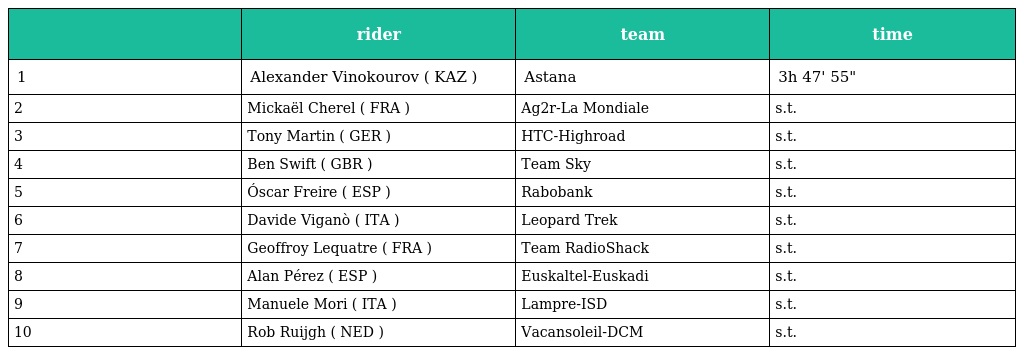
|  | rider | team | time |
 | --- | --- | --- | --- |
 | 1 | Alexander Vinokourov ( KAZ ) | Astana | 3h 47' 55" |
 | 2 | Mickaël Cherel ( FRA ) | Ag2r-La Mondiale | s.t. |
 | 3 | Tony Martin ( GER ) | HTC-Highroad | s.t. |
 | 4 | Ben Swift ( GBR ) | Team Sky | s.t. |
 | 5 | Óscar Freire ( ESP ) | Rabobank | s.t. |
 | 6 | Davide Viganò ( ITA ) | Leopard Trek | s.t. |
 | 7 | Geoffroy Lequatre ( FRA ) | Team RadioShack | s.t. |
 | 8 | Alan Pérez ( ESP ) | Euskaltel-Euskadi | s.t. |
 | 9 | Manuele Mori ( ITA ) | Lampre-ISD | s.t. |
 | 10 | Rob Ruijgh ( NED ) | Vacansoleil-DCM | s.t. |